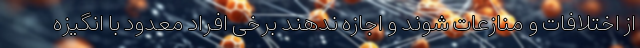
از اختلافات و منازعات شوند و اجازه ندهند برخی افراد معدود با انگیزه